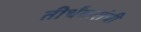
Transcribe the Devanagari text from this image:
तीर्थंकरांची